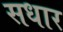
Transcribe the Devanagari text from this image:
सधार